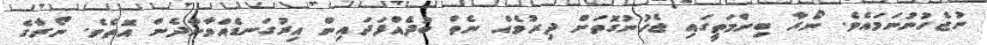
ނުޖެހުނުނަމައެވެ. ނޯރާ ބިންމަތީގައި ޖެހުނުގޮތަށް ދިރުމެއް ނެތް ބުދެއްފަދައިން އިރުގަނޑެއްވާންދެން އޮތެވެ. ނޯރާގެ